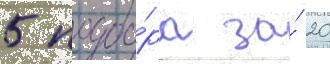
5 подбо́ра за́ 20